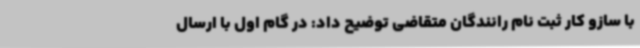
با سازو کار ثبت نام رانندگان متقاضی توضیح داد: در گام اول با ارسال